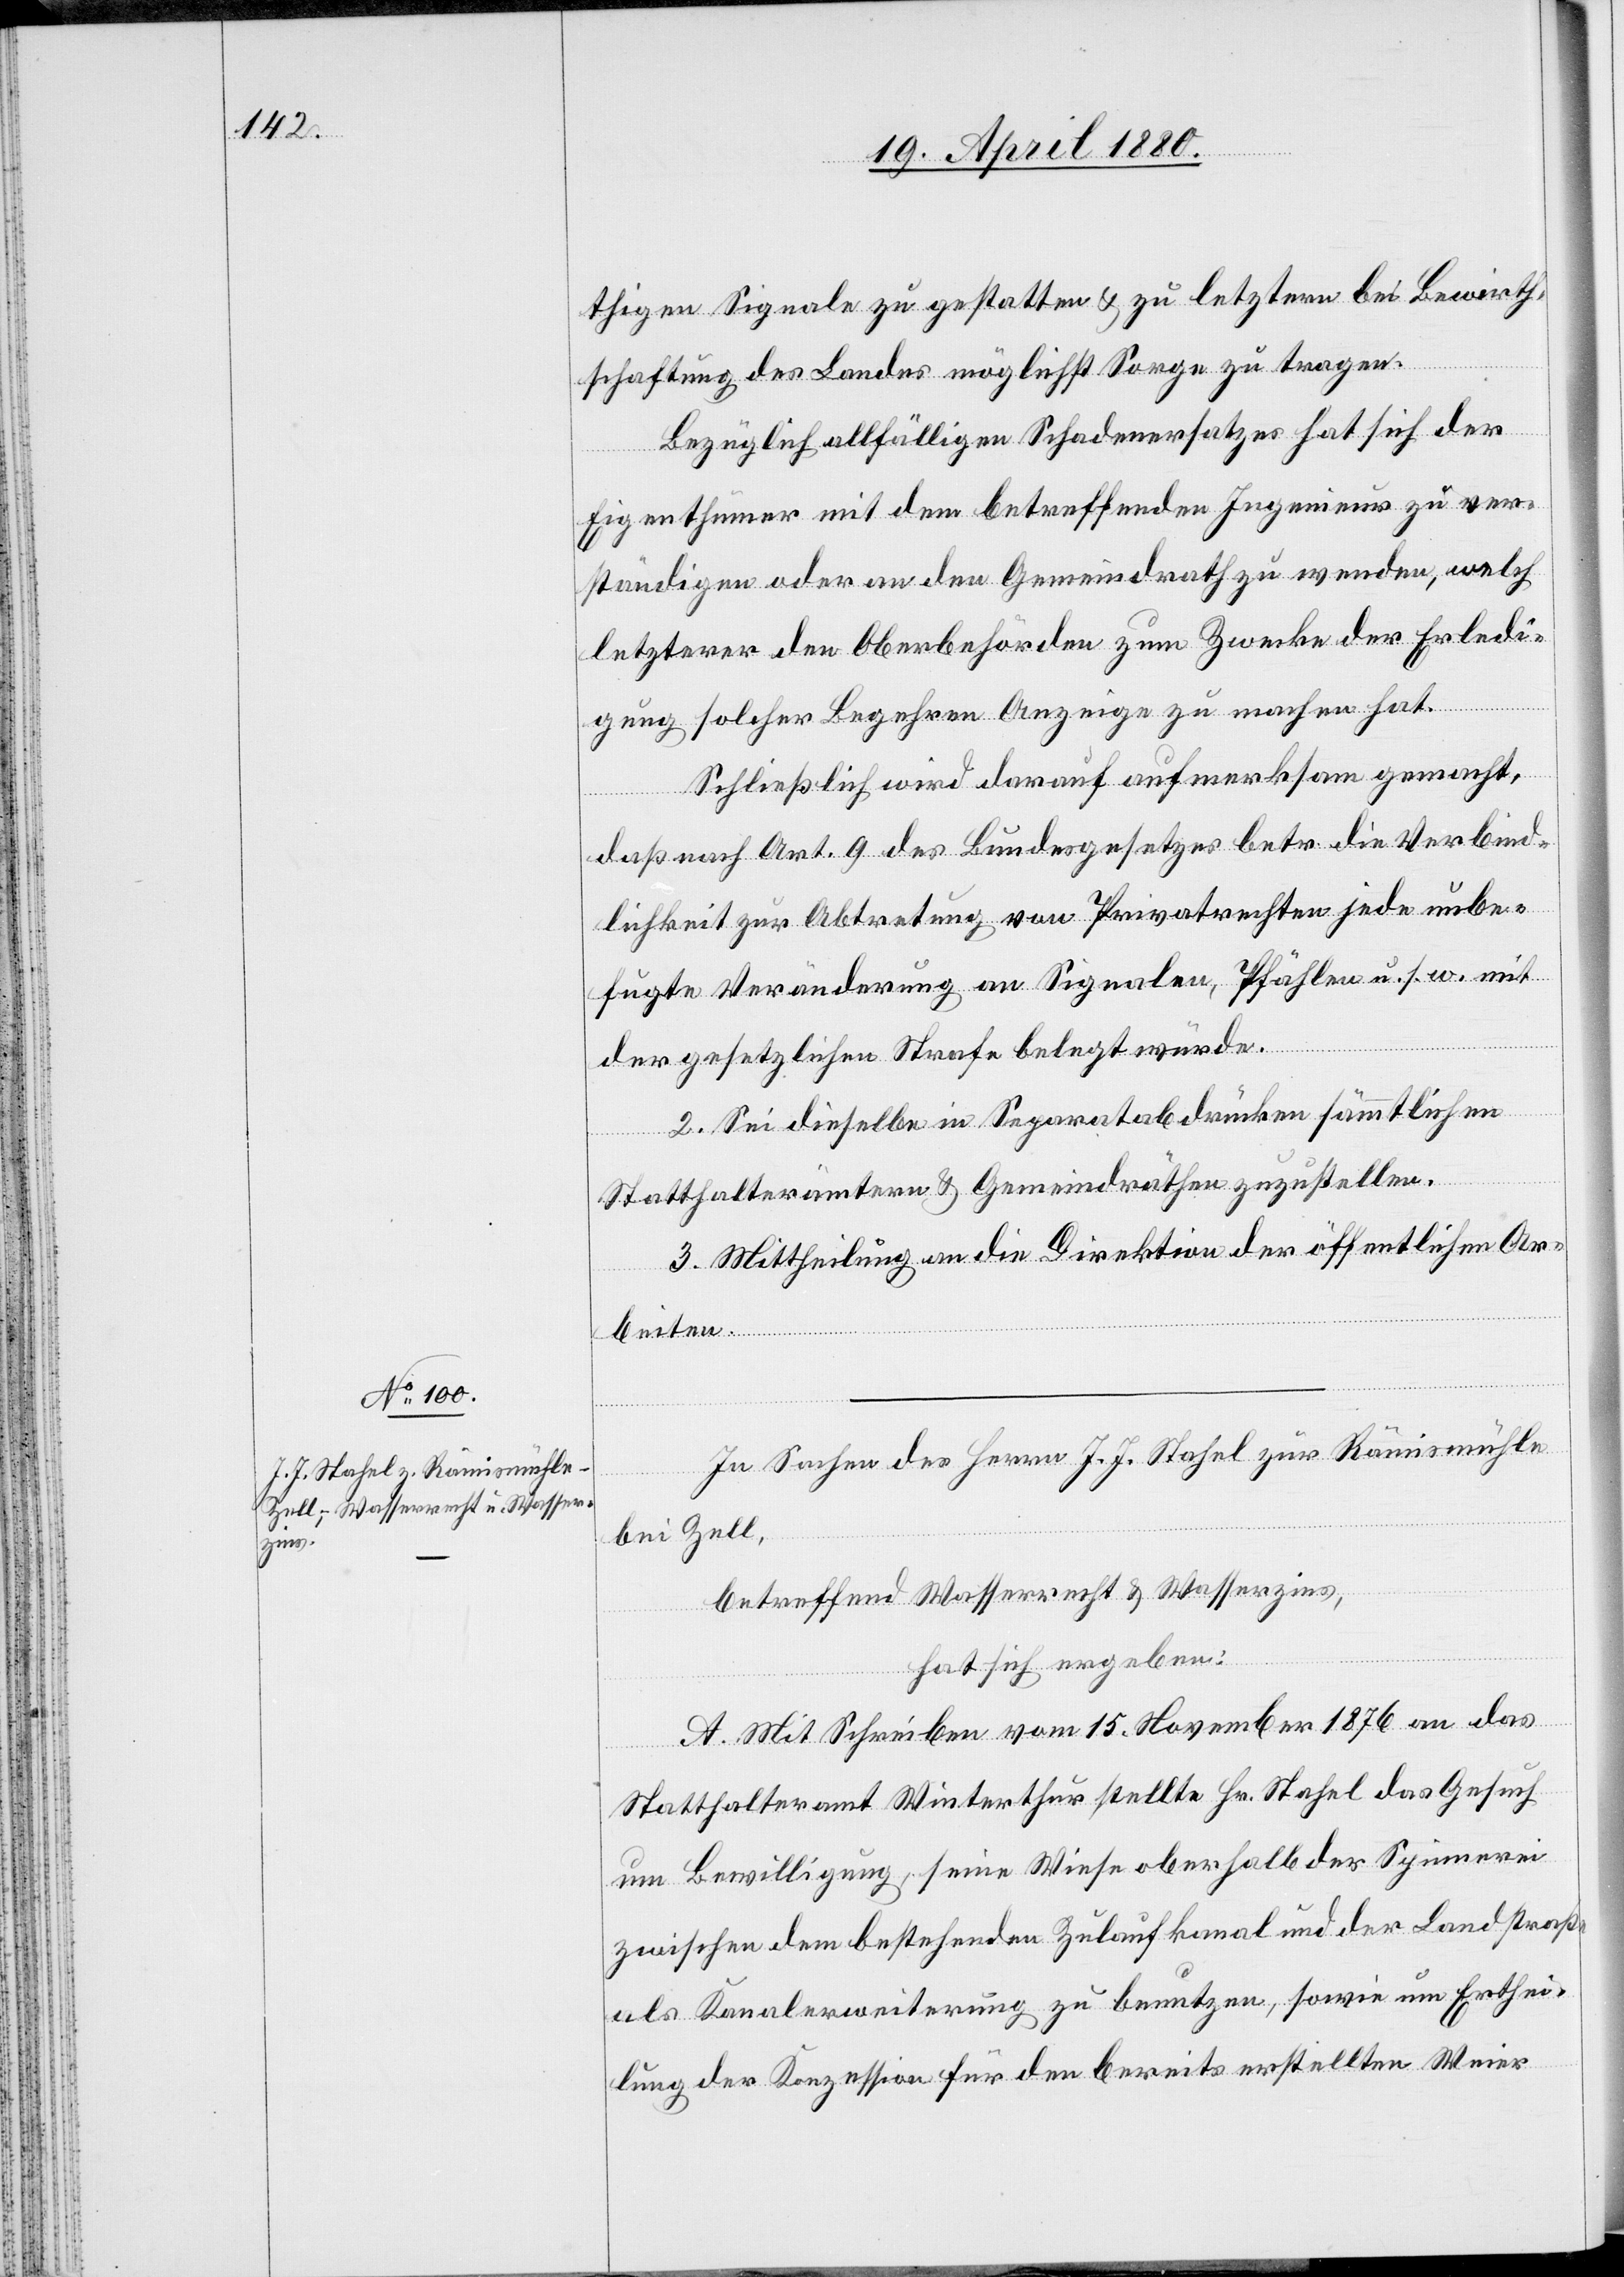
thigen Signale zu gestatten & zu letztern bei Bewirth¬
schaftung des Landes möglichst Sorge zu tragen.
Bezüglich allfälligen Schadenersatzes hat sich der
Eigenthümer mit dem betreffenden Ingenieur zu ver¬
ständigen oder an den Gemeindrath zu wenden, welch
letzterer den Oberbehörden zum Zwecke der Erledi¬
gung solcher Begehren Anzeige zu machen hat.
Schließlich wird darauf aufmerksam gemacht,
daß nach Art. 9 des Bundesgesetzes betr. die Verbind¬
lichkeit zur Abtretung von Privatrechten jede unbe¬
fugte Veränderung an Signalen, Pfählen u. s. w. mit
der gesetzlichen Strafe belegt würde.
2. Sei dieselbe in Separatabdrücken sämmtlichen
Statthalterämtern & Gemeindräthen zuzustellen.
3. Mittheilung an die Direktion der öffentlichen Ar¬
beiten.
In Sachen des Herrn J. J. Stahel zur Rämismühle
bei Zell,
betreffend Wasserrecht & Wasserzins,
hat sich ergeben:
A. Mit Schreiben vom 15. November 1876 an das
Statthalteramt Winterthur stellte Hr. Stahel das Gesuch
um Bewilligung, seine Wiese oberhalb der Spinnerei
zwischen dem bestehenden Zulaufkanal und der Landstraße
als Kanalerweiterung zu benutzen, sowie um Erthei¬
lung der Konzession für den bereits erstellten Weier